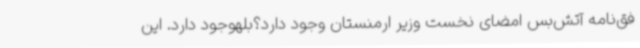
فق‌نامه آتش‌بس امضای نخست وزیر ارمنستان وجود دارد؟بلهوجود دارد. این